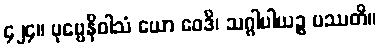
၄၂၄။ ပုဗ္ဗေနိဝါသံ ယော ဝေဒိ၊ သဂ္ဂါပါယဉ္စ ပဿတိ။